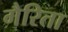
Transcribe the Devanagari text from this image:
गैरिता